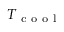
T _ { \mathrm { ~ c ~ o ~ o ~ l ~ } }